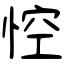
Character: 悾